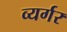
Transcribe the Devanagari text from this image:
व्यर्गर